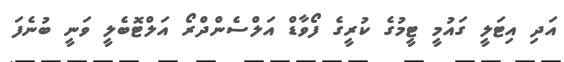
އަދި އިޓަލީ ގައުމީ ޓީމުގެ ކުރީގެ ފޯވާޑް އަލްސެންދްރޯ އަލްޓޮބެލީ ވަނީ ބުނެފަ